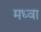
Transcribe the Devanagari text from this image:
मध्वा